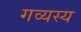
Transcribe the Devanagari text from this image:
गव्यस्य